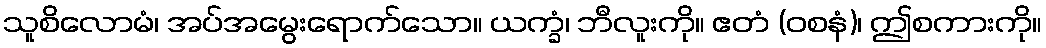
သူစိလောမံ၊ အပ်အမွေးရောက်သော။ ယက္ခံ၊ ဘီလူးကို။ ဧတံ (ဝစနံ)၊ ဤစကားကို။